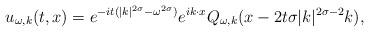
LaTeX: \begin{align*}u_{\omega,k}(t,x)=e^{-it(|k|^{2\sigma}-\omega^{2\sigma})} e^{ik\cdot x}Q_{\omega,k}(x-2t\sigma|k|^{2\sigma-2}k),\end{align*}